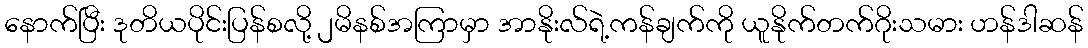
နောက်ပြီး ဒုတိယပိုင်းပြန်စလို့ ၂မိနစ်အကြာမှာ အာနိုးလ်ရဲ့ကန်ချက်ကို ယူနိုက်တက်ဂိုးသမား ဟန်ဒါဆန်